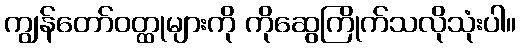
ကျွန်တော်ဝတ္ထုများကို ကိုဆွေကြိုက်သလိုသုံးပါ။